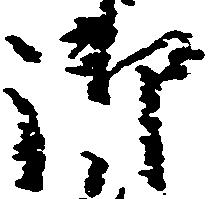
御